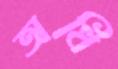
অধি